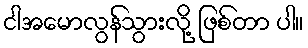
ငါအမောလွန်သွားလို့ ဖြစ်တာ ပါ။